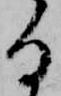
る